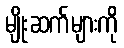
မျိုးဆက်များကို